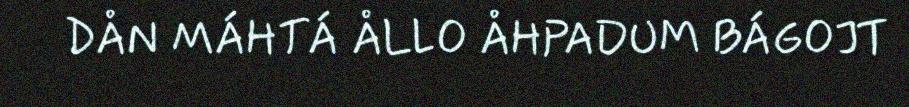
DÅN MÁHTÁ ÅLLO ÅHPADUM BÁGOJT